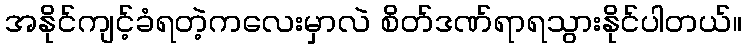
အနိုင်ကျင့်ခံရတဲ့ကလေးမှာလဲ စိတ်ဒဏ်ရာရသွားနိုင်ပါတယ်။